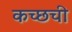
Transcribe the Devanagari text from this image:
कच्छची